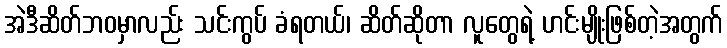
အဲဒီဆိတ်ဘဝမှာလည်း သင်းကွပ် ခံရတယ်၊ ဆိတ်ဆိုတာ လူတွေရဲ့ ဟင်းမျိုးဖြစ်တဲ့အတွက်